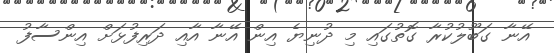
އޭނާ ގަބޫލުކުރާ ގޮތުގައި މި ދުނިޔެ އިން އޭނާ އާއި ދަރިފުޅަށް އިންސާފު